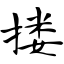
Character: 搂